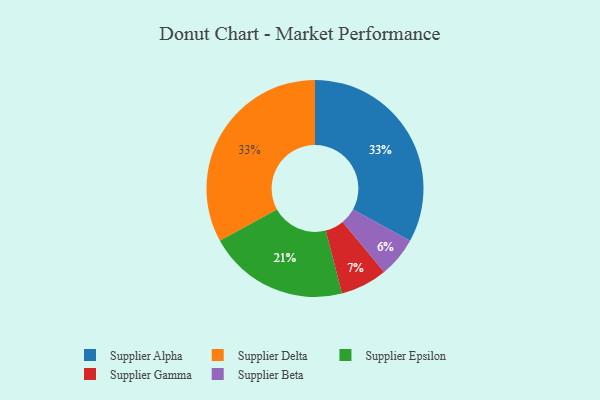
{"axis": {"x": "Category", "y": "Percentage"}, "legend": ["Supplier Alpha", "Supplier Beta", "Supplier Delta", "Supplier Epsilon", "Supplier Gamma"], "data": [{"x": "Supplier Alpha", "y": 33, "type": "Supplier Alpha"}, {"x": "Supplier Beta", "y": 6, "type": "Supplier Beta"}, {"x": "Supplier Epsilon", "y": 21, "type": "Supplier Epsilon"}, {"x": "Supplier Delta", "y": 33, "type": "Supplier Delta"}, {"x": "Supplier Gamma", "y": 7, "type": "Supplier Gamma"}]}